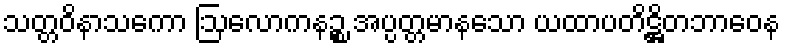
သတ္တဝိနာသကော ဩလောကနဉ္စ အပ္ပတ္တမာနသော ယထာပတိဋ္ဌိတဘာဝေန